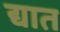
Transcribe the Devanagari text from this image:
द्यात